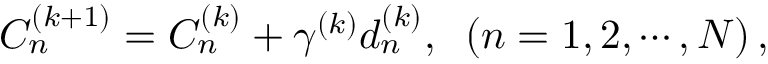
C _ { n } ^ { \left( { k + 1 } \right) } = C _ { n } ^ { \left( k \right) } + { \gamma ^ { \left( k \right) } } d _ { n } ^ { \left( k \right) } , \; \; \left( { n = 1 , 2 , \cdots , N } \right) ,